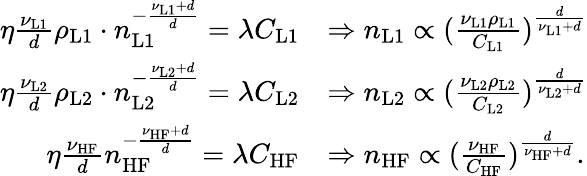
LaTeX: \begin{array}{rl}{\eta\frac{\nu_{\mathrm{L1}}}{d}\rho_{\mathrm{L1}}\cdot n_{\mathrm{L1}}^{-\frac{\nu_{\mathrm{L1}}+d}{d}}=\lambda C_{\mathrm{L1}}}&{\Rightarrow n_{\mathrm{L1}}\propto(\frac{\nu_{\mathrm{L1}}\rho_{\mathrm{L1}}}{C_{\mathrm{L1}}})^{\frac{d}{\nu_{\mathrm{L1}}+d}}}\\ {\eta\frac{\nu_{\mathrm{L2}}}{d}\rho_{\mathrm{L2}}\cdot n_{\mathrm{L2}}^{-\frac{\nu_{\mathrm{L2}}+d}{d}}=\lambda C_{\mathrm{L2}}}&{\Rightarrow n_{\mathrm{L2}}\propto(\frac{\nu_{\mathrm{L2}}\rho_{\mathrm{L2}}}{C_{\mathrm{L2}}})^{\frac{d}{\nu_{\mathrm{L2}}+d}}}\\ {\eta\frac{\nu_{\mathrm{HF}}}{d}n_{\mathrm{HF}}^{-\frac{\nu_{\mathrm{HF}}+d}{d}}=\lambda C_{\mathrm{HF}}}&{\Rightarrow n_{\mathrm{HF}}\propto(\frac{\nu_{\mathrm{HF}}}{C_{\mathrm{HF}}})^{\frac{d}{\nu_{\mathrm{HF}}+d}}.}\end{array}